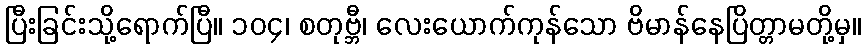
ပြီးခြင်းသို့ရောက်ပြီ။ ၁၀၄၊ စတုဗ္ဘီ၊ လေးယောက်ကုန်သော ဗိမာန်နေပြိတ္တာမတို့မှ။